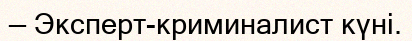
— Эксперт-криминалист күні.